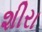
શીરા